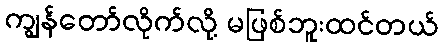
ကျွန်တော်လိုက်လို့ မဖြစ်ဘူးထင်တယ်